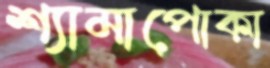
শ্যামাপোকা